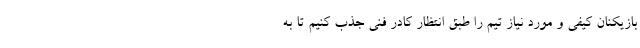
بازیکنان کیفی و مورد نیاز تیم را طبق انتظار کادر فنی جذب کنیم تا به